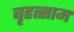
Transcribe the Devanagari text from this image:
बृहत्साम